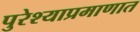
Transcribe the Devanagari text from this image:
पुरेश्याप्रमाणात